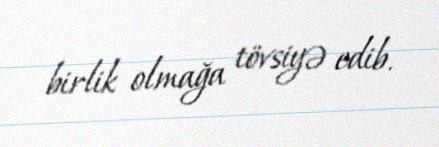
birlik olmağa tövsiyə edib.